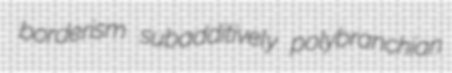
borderism subadditively polybranchian